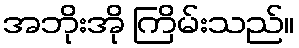
အဘိုးအို ကြိမ်းသည်။